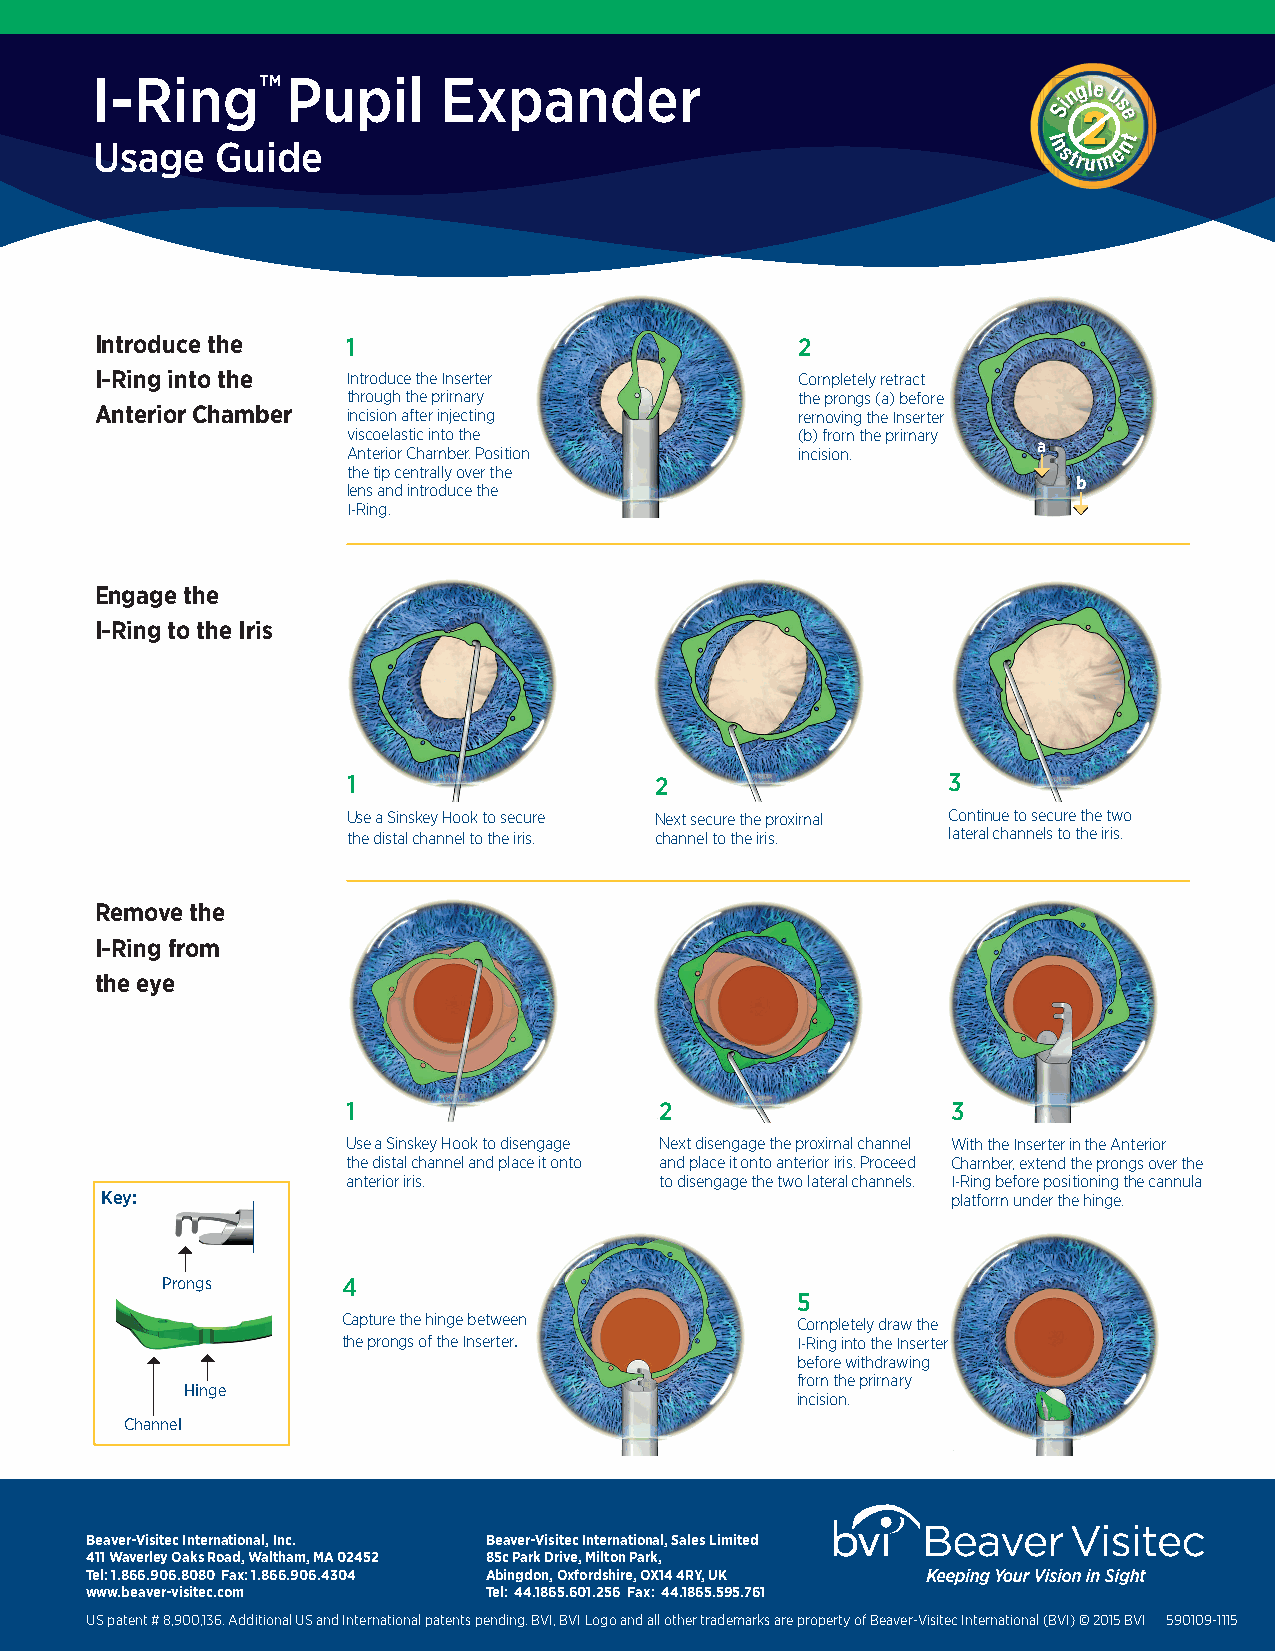
I-Ring™      Pupil     Expander
 iinn
 ggllee
 UU
 SS  sss
 2 ee
 Usage   Guide                                                  I nstrruummeent
 Introduce the    1                             2
 I-Ring into the  Introduce the Inserter        Completely retract
 through the primary           the prongs (a) before
 Anterior Chamber incision after injecting      removing the Inserter
 viscoelastic into the         (b) from the primary
 a
 Anterior Chamber. Position    incision.
 the tip centrally over the
 b
 lens and introduce the
 I-Ring.
 Engage the
 I-Ring to the Iris
 1                   2                   3
 Use a Sinskey Hook to secure Next secure the proximal Continue to secure the two
 the distal channel to the iris. channel to the iris. lateral channels to the iris.
 Remove the
 I-Ring from
 the eye
 1                    2                  3
 Use a Sinskey Hook to disengage Next disengage the proximal channel With the Inserter in the Anterior
 the distal channel and place it onto and place it onto anterior iris. Proceed Chamber, extend the prongs over the
 anterior iris.       to disengage the two lateral channels. I-Ring before positioning the cannula
 Key:                                                    platform under the hinge.
 Prongs      4
 5
 Capture the hinge between     Completely draw the
 the prongs of the Inserter.   I-Ring into the Inserter
 before withdrawing
 from the primary
 Hinge
 incision.
 Channel
 Beaver-Visitec International, Inc. Beaver-Visitec International, Sales Limited
 411 Waverley Oaks Road, Waltham, MA 02452 85c Park Drive, Milton Park,
 Tel: 1.866.906.8080 Fax: 1.866.906.4304 Abingdon, Oxfordshire, OX14 4RY, UK
 www.beaver-visitec.com    Tel: 44.1865.601.256 Fax: 44.1865.595.761
 US patent # 8,900,136. Additional US and International patents pending. BVI, BVI Logo and all other trademarks are property of Beaver-Visitec International (BVI) © 2015 BVI 590109-1115